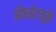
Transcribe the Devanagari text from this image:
ऑफसेटमुळे